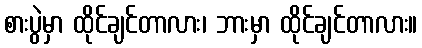
စားပွဲမှာ ထိုင်ချင်တာလား၊ ဘားမှာ ထိုင်ချင်တာလား။